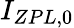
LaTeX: I_{ZPL,0}